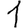
Digit: 1